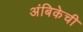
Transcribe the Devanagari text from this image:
अंबिकेची